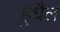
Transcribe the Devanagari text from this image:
हुधैल